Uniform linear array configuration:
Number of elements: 16
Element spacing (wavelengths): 0.5
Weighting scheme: cosine
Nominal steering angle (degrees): -60
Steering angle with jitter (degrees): -61.909
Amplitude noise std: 0.05
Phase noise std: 0.05

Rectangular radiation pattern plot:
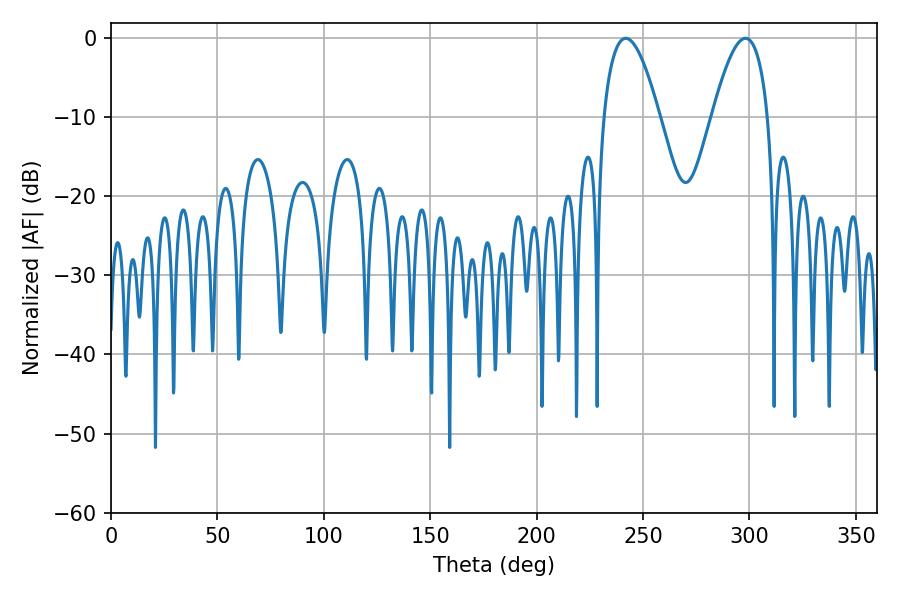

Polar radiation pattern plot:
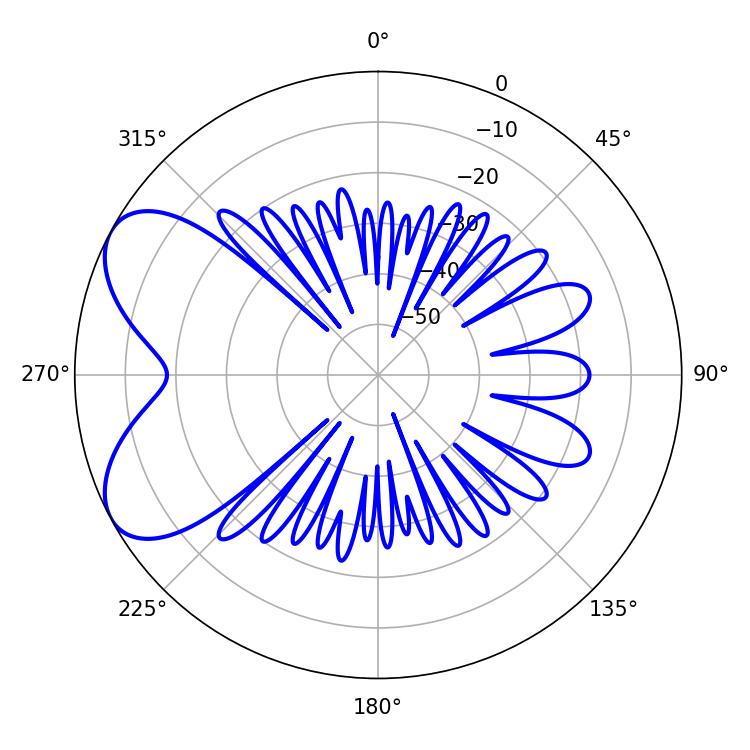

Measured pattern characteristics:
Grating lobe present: FALSE
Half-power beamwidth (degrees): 14.4
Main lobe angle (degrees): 298.08